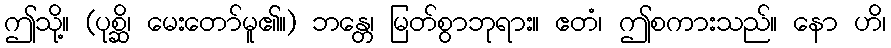
ဤသို့။ (ပုစ္ဆိ၊ မေးတော်မူ၏။) ဘန္တေ၊ မြတ်စွာဘုရား။ ဧတံ၊ ဤစကားသည်။ နော ဟိ၊